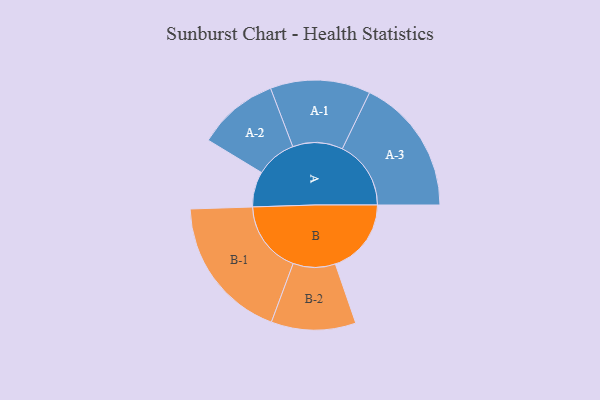
{"axis": {"x": "Segment", "y": "Value"}, "legend": ["", "A", "B"], "data": [{"x": "A", "y": 145, "type": ""}, {"x": "B", "y": 311, "type": ""}, {"x": "A-1", "y": 205, "type": "A"}, {"x": "A-2", "y": 166, "type": "A"}, {"x": "A-3", "y": 281, "type": "A"}, {"x": "B-1", "y": 297, "type": "B"}, {"x": "B-2", "y": 173, "type": "B"}]}